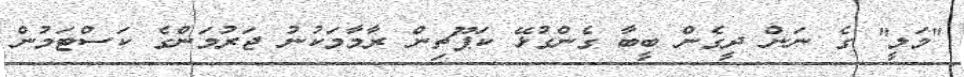
"މަލީ" ގެ ނަން ދީގެން ބީބާ ގެންގުޅޭ ކަޕޫޗިން ރާމާމަކުނު ޖަރުމަންގެ ކަސްޓަމުން